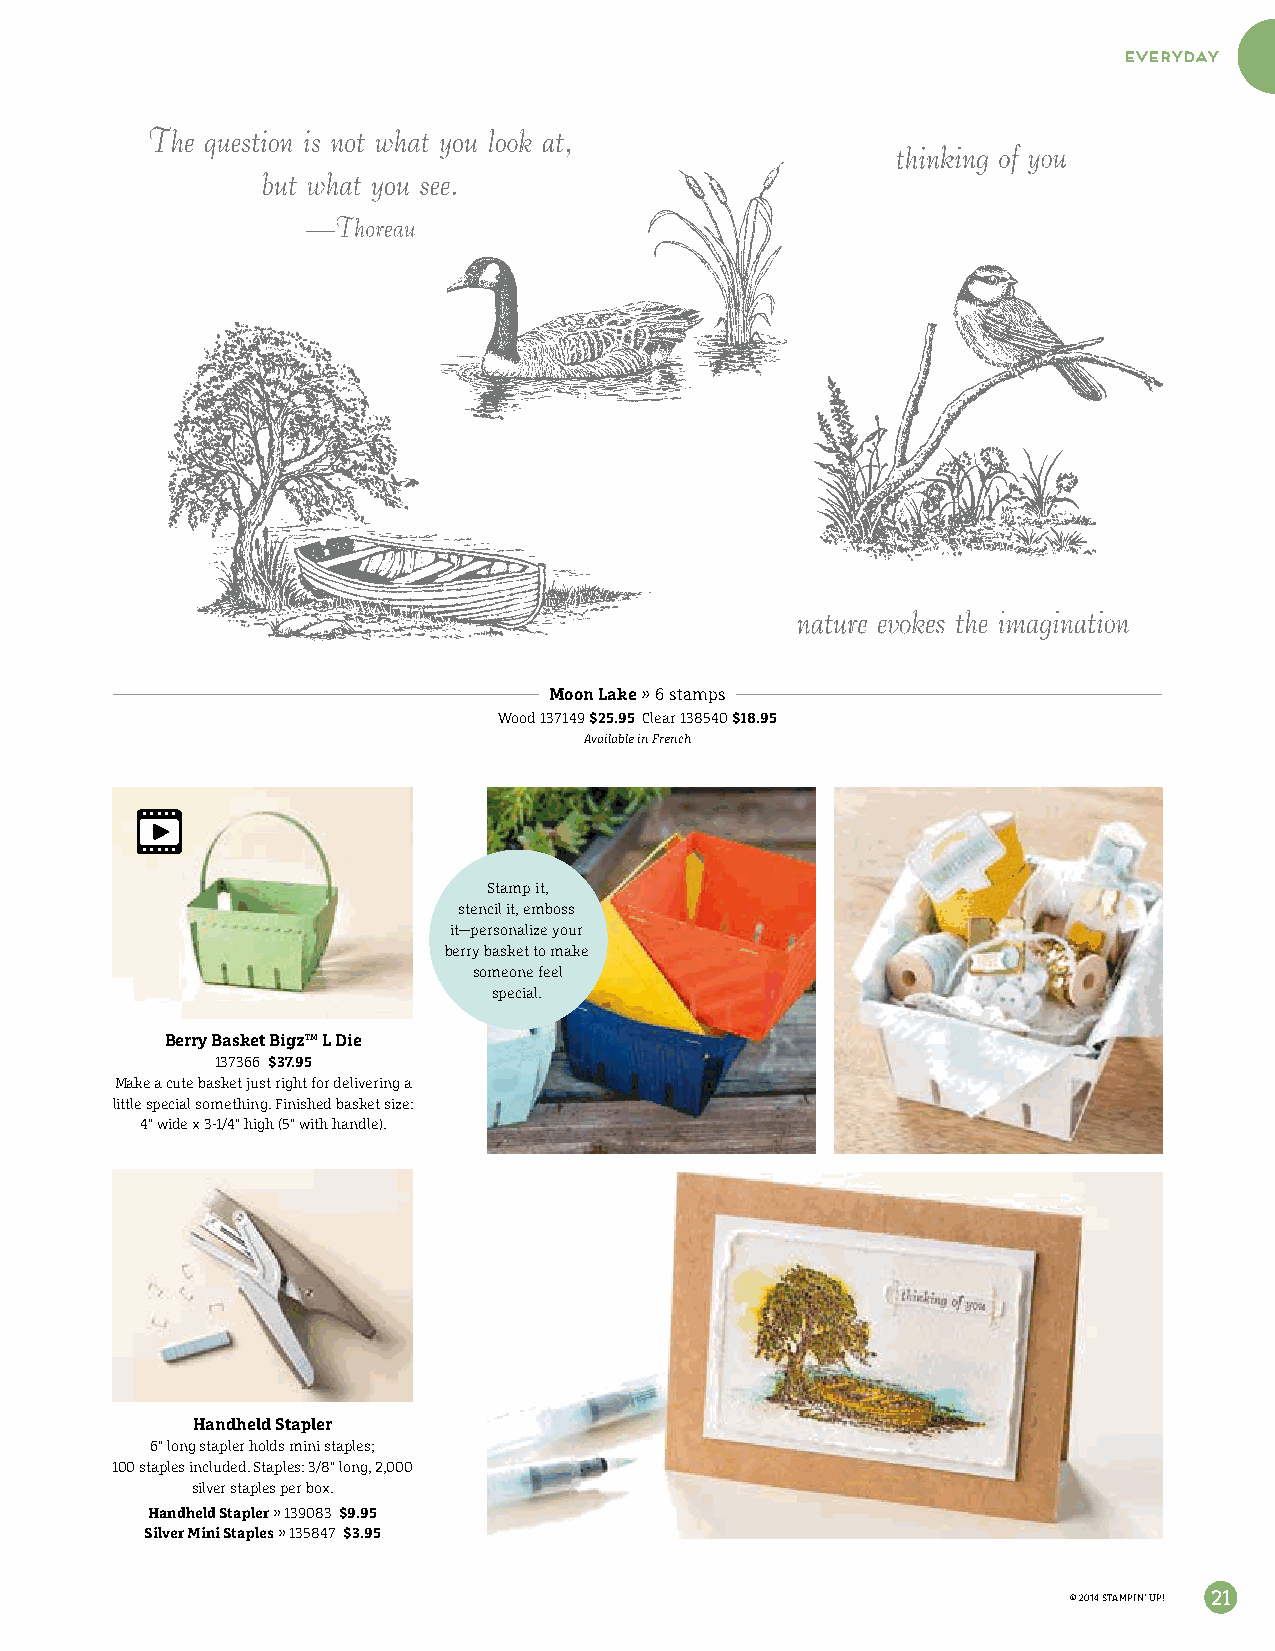
everyday
 Moon Lake » 6 stamps
 Wood 137149 $25.95 Clear 138540 $18.95
 Available in French
 Stamp it,
 stencil it, emboss
 it—personalize your
 berry basket to make
 someone feel
 special.
 Berry Basket Bigz™ L Die
 137366 $37.95
 Make a cute basket just right for delivering a
 little special something. Finished basket size:
 4" wide x 3-1/4" high (5" with handle).
 Handheld Stapler
 6" long stapler holds mini staples;
 100 staples included. Staples: 3/8" long, 2,000
 silver staples per box.
 Handheld Stapler » 139083 $9.95
 Silver Mini Staples » 135847 $3.95
 © 2014 STAMPIN’ UP! 21